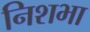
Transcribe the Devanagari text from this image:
निशभा